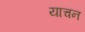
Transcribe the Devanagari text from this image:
याचन